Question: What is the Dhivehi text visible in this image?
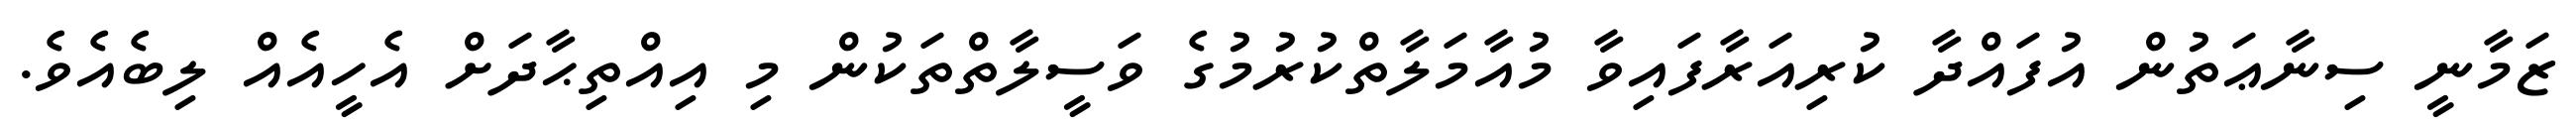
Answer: ޒަމާނީ ސިނާޢަތުން އުފައްދާ ކުރިއަރާފައިވާ މުއާމަލާތްކުރުމުގެ ވަސީލާތްތަކުން މި އިއްތިޙާދަށް އެހީއެއް ލިބެއެވެ.